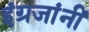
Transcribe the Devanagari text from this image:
इंग्रजांनीं